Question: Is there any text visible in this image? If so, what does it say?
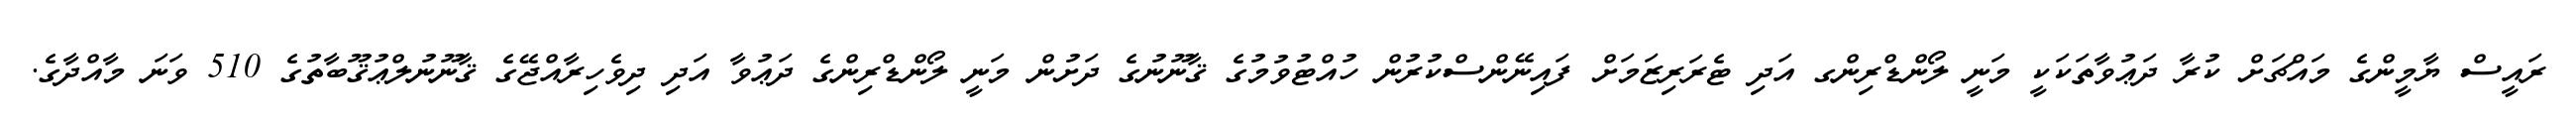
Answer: ރައީސް ޔާމީންގެ މައްޗަށް ކުރާ ދަޢުވާތަކަކީ މަނީ ލޯންޑްރިންގ އަދި ޓެރަރިޒަމަށް ފައިނޭންސްކުރުން ހުއްޓުވުމުގެ ޤާނޫނުގެ ދަށުން މަނީ ލޯންޑްރިންގެ ދަޢުވާ އަދި ދިވެހިރާއްޖޭގެ ޤާނޫނުލްޢުޤޫބާތުގެ 510 ވަނަ މާއްދާގެ.